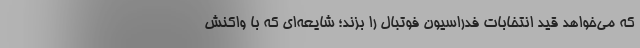
که می‌خواهد قید انتخابات فدراسیون فوتبال را بزند؛ شایعه‌ای که با واکنش